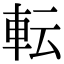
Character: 転